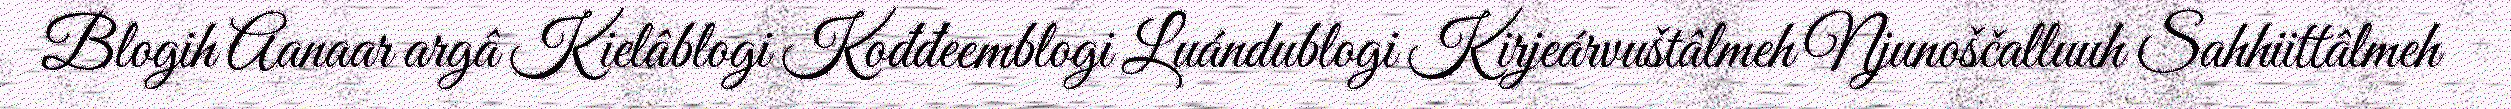
Blogih Aanaar argâ Kielâblogi Kođđeemblogi Luándublogi Kirjeárvuštâlmeh Njunoščalluuh Sahhiittâlmeh